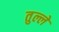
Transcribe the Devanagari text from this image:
तुल्ले